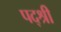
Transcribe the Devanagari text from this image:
पद्श्री